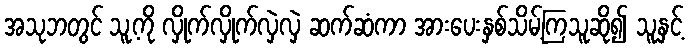
အသုဘတွင် သူ့ကို လှိုက်လှိုက်လှဲလှဲ ဆက်ဆံကာ အားပေးနှစ်သိမ့်ကြသူဆို၍ သူနှင့်